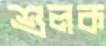
শুলক